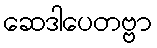
ဆေဒါပေတဗ္ဗာ